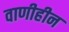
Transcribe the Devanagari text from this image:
वाणीहीन